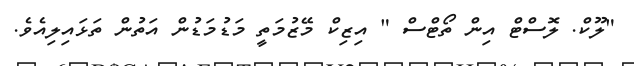
"ލޫކް. ލޮސްޓް އިން ތޯޓްސް " އިޒިކް މޭޒުމަތީ މަޑުމަޑުން އަތުން ތަޅައިލިއެވެ.